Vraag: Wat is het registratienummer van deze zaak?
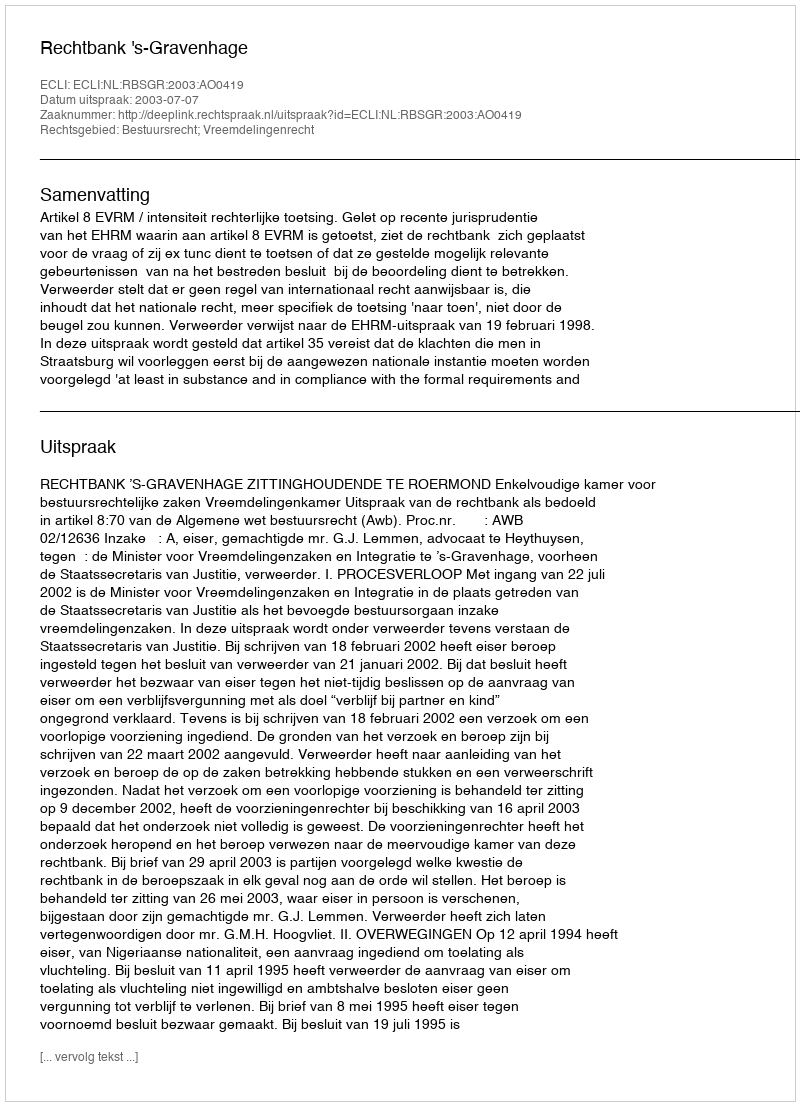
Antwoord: http://deeplink.rechtspraak.nl/uitspraak?id=ECLI:NL:RBSGR:2003:AO0419